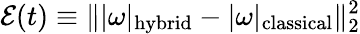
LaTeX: \mathcal{E}(t)\equiv\| |\omega|_{\mathrm{hybrid}}-|\omega|_{\mathrm{classical}}\| _{2}^{2}